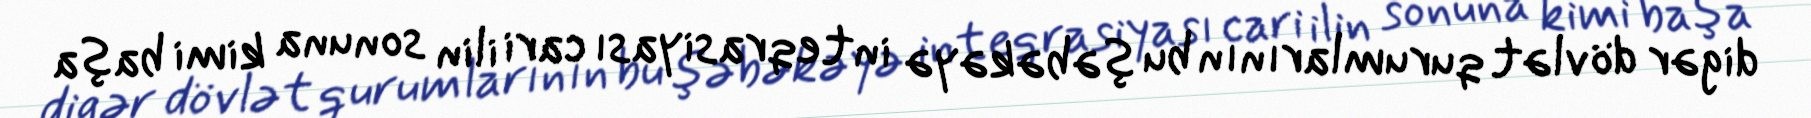
digər dövlət qurumlarının bu şəbəkəyə inteqrasiyası cari ilin sonuna kimi başa